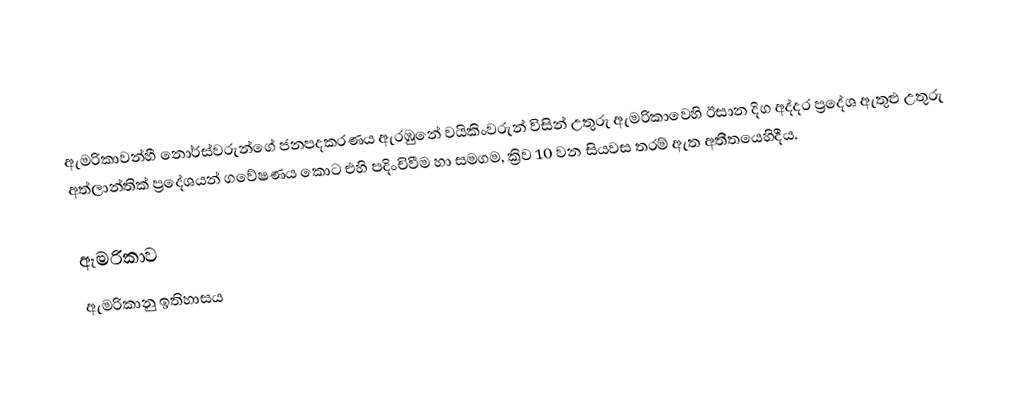
ඇමරිකාවන්හී නොර්ස්වරුන්ගේ ජනපදකරණය ඇරඹුනේ  වයිකිංවරුන් විසින් උතුරු ඇමරිකාවෙහි ඊසාන දිග අද්දර ප්‍රදේශ ඇතුළු  උතුරු අත්ලාන්තික් ප්‍රදේශයන් ගවේෂණය කොට එහි පදිංචිවීම හා සමගම, ක්‍රිව 10 වන සියවස තරම් ඇත අතීතයෙහිදීය.

ඇමරිකාව
ඇමරිකානු ඉතිහාසය